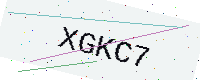
Text: XGKC7